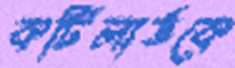
কটিলার্ডকে